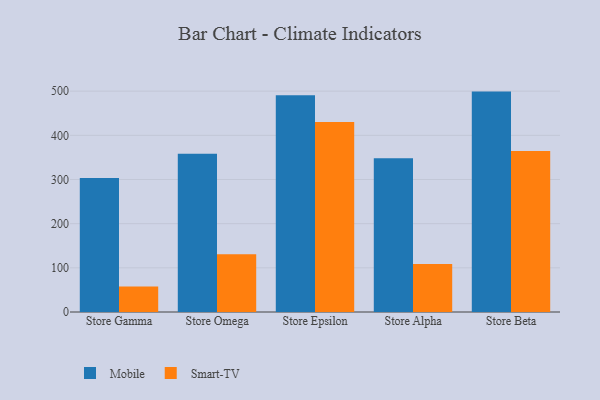
{"axis": {"x": "Store", "y": "Energy Usage (MWh)"}, "legend": ["Mobile", "Smart-TV"], "data": [{"x": "Store Gamma", "y": 303.5, "type": "Mobile"}, {"x": "Store Gamma", "y": 57.9, "type": "Smart-TV"}, {"x": "Store Omega", "y": 358.1, "type": "Mobile"}, {"x": "Store Omega", "y": 130.6, "type": "Smart-TV"}, {"x": "Store Epsilon", "y": 490.6, "type": "Mobile"}, {"x": "Store Epsilon", "y": 430.4, "type": "Smart-TV"}, {"x": "Store Alpha", "y": 348.3, "type": "Mobile"}, {"x": "Store Alpha", "y": 108.5, "type": "Smart-TV"}, {"x": "Store Beta", "y": 499.0, "type": "Mobile"}, {"x": "Store Beta", "y": 364.4, "type": "Smart-TV"}]}